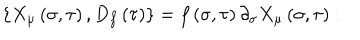
\left\{ X _ { \mu } \left( \sigma , \tau \right) , D _ { f } \left( \tau \right) \right\} = f \left( \sigma , \tau \right) \partial _ { \sigma } X _ { \mu } \left( \sigma , \tau \right) :